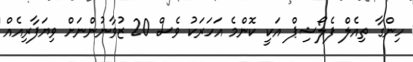
ހިންގާ ތިއެލް ފެލޯޝިޕް އަކީ ކޮންމެ އަހަރަކު ވެސް 20 ޒުވާނުންނަށް ވިޔަފާރިއެއް